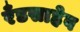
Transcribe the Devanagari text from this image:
रँडसाहेब